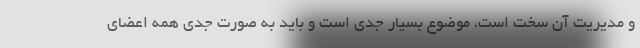
و مدیریت آن سخت است، موضوع بسیار جدی است و باید به صورت جدی همه اعضای